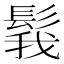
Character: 𩭝